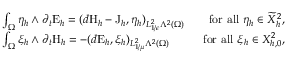
\begin{array} { r l r } & { \int _ { \Omega } \eta _ { h } \wedge \partial _ { t } \mathrm { E } _ { h } = ( d \mathrm { H } _ { h } - \mathrm { J } _ { h } , \eta _ { h } ) _ { L _ { 1 / \epsilon } ^ { 2 } \Lambda ^ { 2 } ( \Omega ) } \; } & { \mathrm { ~ f o r ~ a l l ~ } \eta _ { h } \in \widetilde { X } _ { h } ^ { 2 } , } \\ & { \int _ { \Omega } \xi _ { h } \wedge \partial _ { t } \mathrm { H } _ { h } = - ( d \mathrm { E } _ { h } , \xi _ { h } ) _ { L _ { 1 / \mu } ^ { 2 } \Lambda ^ { 2 } ( \Omega ) } \; } & { \mathrm { ~ f o r ~ a l l ~ } \xi _ { h } \in X _ { h , 0 } ^ { 2 } , } \end{array}